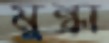
মুন্ধ্রা